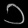
Digit: ၁